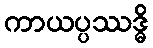
ကာယပ္ပဿဒ္ဓိ